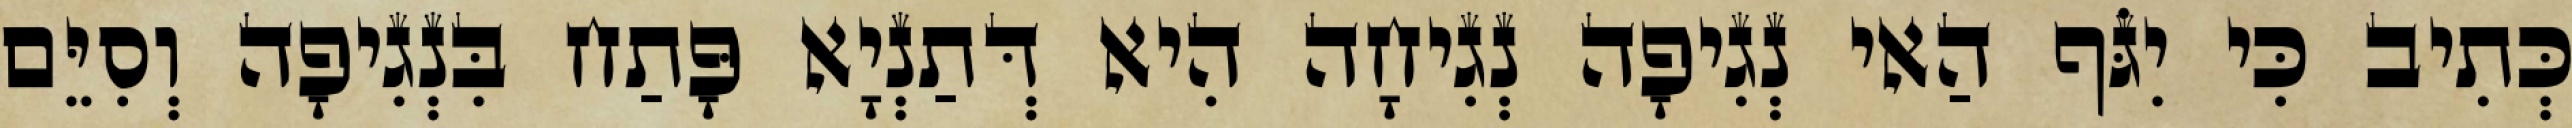
כְּתִיב כִּי יִגֹּף הַאי נְגִיפָה נְגִיחָה הִיא דְּתַנְיָא פָּתַח בִּנְגִיפָה וְסִיֵּם